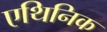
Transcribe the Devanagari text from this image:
एथिनिक